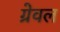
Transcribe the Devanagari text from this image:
ग्रेवल